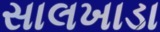
સાલખાડા